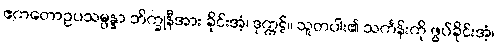
ဧကတောဥပသမ္ပန္နာ ဘိက္ခုနီအား ခိုင်းအံ့၊ ဒုက္ကဋ်။ သူတပါး၏ သင်္ကန်းကို ဖွပ်ခိုင်းအံ့၊